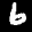
Label: 6